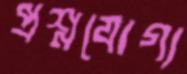
প্রশ্নযোগ্য